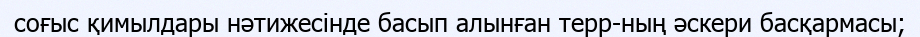
соғыс қимылдары нәтижесінде басып алынған терр-ның әскери басқармасы;